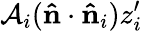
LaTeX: \mathcal{A}_{i}(\mathbf{\hat{n}}\cdot\mathbf{\hat{n}}_{i})z_{i}^{\prime}